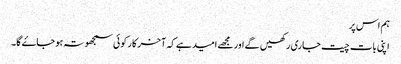
ہم اس پر
اپنی بات چیت جاری رکھیں گے اور مجھے امید ہے کہ آخر کار کوئی سمجھوتہ ہو جاۓ گا۔